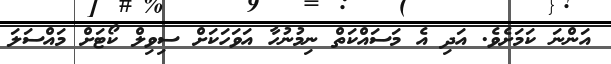
އަންނަ ކަމަށެވެ. އަދި އެ މަސައްކަތް ނިމުނުހާ އަވަހަކަށް ސިވިލް ކޯޓަށް މައްސަލަ